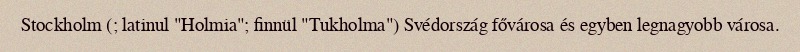
Stockholm (; latinul "Holmia"; finnül "Tukholma") Svédország fővárosa és egyben legnagyobb városa.